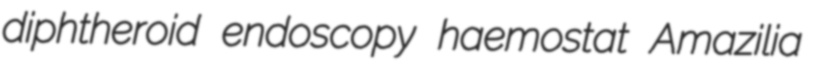
diphtheroid endoscopy haemostat Amazilia